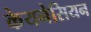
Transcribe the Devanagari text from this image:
केयनेसियन